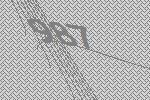
987